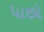
૫ાછો